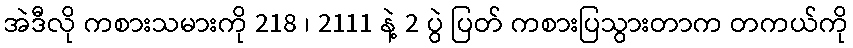
အဲဒီလို ကစားသမားကို 218 ၊ 2111 နဲ့ 2 ပွဲ ပြတ် ကစားပြသွားတာက တကယ်ကို